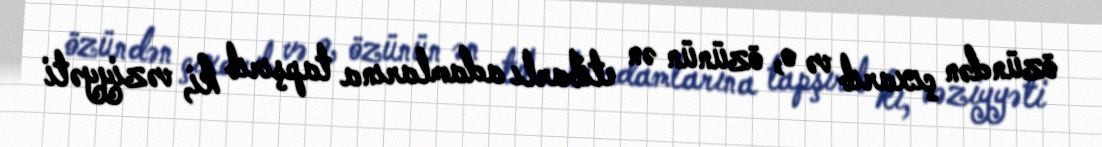
özündən çıxarıb və o, özünün ən etibarlı adamlarına tapşırıb ki, vəziyyəti